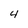
Character: 4